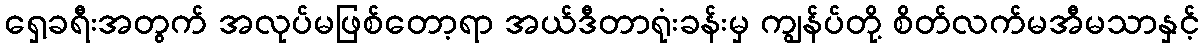
ရှေ့ခရီးအတွက် အလုပ်မဖြစ်တော့ရာ အယ်ဒီတာရုံးခန်းမှ ကျွန်ပ်တို့ စိတ်လက်မအီမသာနှင့်